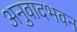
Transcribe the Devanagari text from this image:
अनुवादभवन